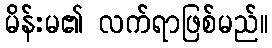
မိန်းမ၏ လက်ရာဖြစ်မည်။